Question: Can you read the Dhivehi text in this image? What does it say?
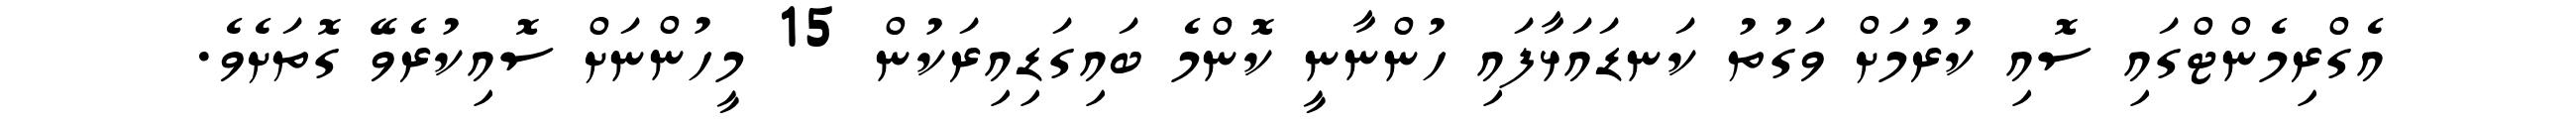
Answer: އެގްރިމެންޓްގައި ސޮއި ކުރުމަށް ވަގުތު ކަނޑައަޅާފައި ހުންނާނީ ކޮންމެ ބައިގަޑިއިރަކުން 15 މީހުންނަށް ސޮއިކުރެވޭ ގޮތަށެވެ.